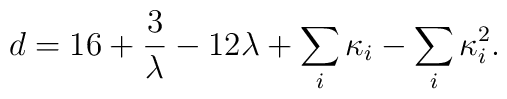
d=16+{3\over \lambda} - 12\lambda +\sum_i\kappa_i -\sum_i\kappa_i^2.